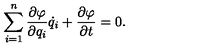
\sum _ { i = 1 } ^ { n } \frac { \partial \varphi } { \partial q _ { i } } \dot { q } _ { i } + \frac { \partial \varphi } { \partial t } = 0 { . }